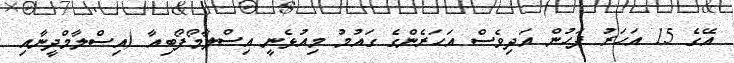
އޭގެ 15 އަހަރު ފަހުން އަދިވެސް އަހަރެންގެ ގައުމު މިއުޅެނީ އިސްލާމޯފޯބިއާ (އިސްލާމްދީނާއި